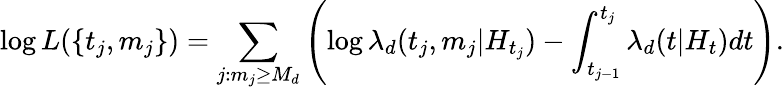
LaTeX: \log L(\{ t_{j},m_{j}\} )=\sum_{j:m_{j}\geq M_{d}}\left(\log\lambda_{d}(t_{j},m_{j}|H_{t_{j}})-\int_{t_{j-1}}^{t_{j}}\lambda_{d}(t|H_{t})dt\right).